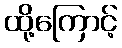
ထို့ကြောင့်